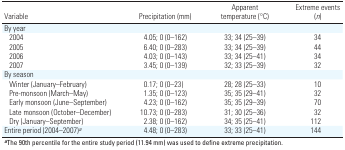
<table><thead><tr><td><b>Variable</b></td><td><b>Precipitation (mm)</b></td><td><b>Apparent temperature (°C)</b></td><td><b>Extreme events (<i>n</i>)</b></td></tr></thead><tbody><tr><td><b>By year</b></td></tr><tr><td><b>2004</b></td><td>4.05; 0 (0–162)</td><td>33; 34 (25–39)</td><td>34</td></tr><tr><td><b>2005</b></td><td>6.40; 0 (0–283)</td><td>33; 34 (25–39)</td><td>44</td></tr><tr><td><b>2006</b></td><td>4.03; 0 (0–143)</td><td>33; 34 (25–41)</td><td>34</td></tr><tr><td><b>2007</b></td><td>3.45; 0 (0–139)</td><td>32; 33 (25–39)</td><td>32</td></tr><tr><td><b>By season</b></td></tr><tr><td><b>Winter (January–February)</b></td><td>0.17; 0 (0–23)</td><td>28; 28 (25–33)</td><td>10</td></tr><tr><td><b>Pre-monsoon (March–May)</b></td><td>1.35; 0 (0–123)</td><td>35; 35 (29–41)</td><td>32</td></tr><tr><td><b>Early monsoon (June–September)</b></td><td>4.23; 0 (0–162)</td><td>35; 35 (29–39)</td><td>70</td></tr><tr><td><b>Late monsoon (October–December)</b></td><td>10.73; 0 (0–283)</td><td>31; 30 (25–36)</td><td>32</td></tr><tr><td><b>Dry (January–September)</b></td><td>2.38; 0 (0–162)</td><td>34; 35 (25–41)</td><td>112</td></tr><tr><td><b>Entire period (2004–2007)<sup><i>a</i></sup></b></td><td>4.48; 0 (0–283)</td><td>33; 33 (25–41)</td><td>144</td></tr><tr><td colspan="4"><sup><i><b>a</b></i></sup>The 90th percentile for the entire study period (11.94 mm) was used to define extreme precipitation.</td></tr></tbody></table>